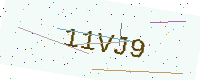
Text: 11VJ9